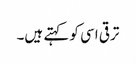
ترقی اسی کو کہتے ہیں۔